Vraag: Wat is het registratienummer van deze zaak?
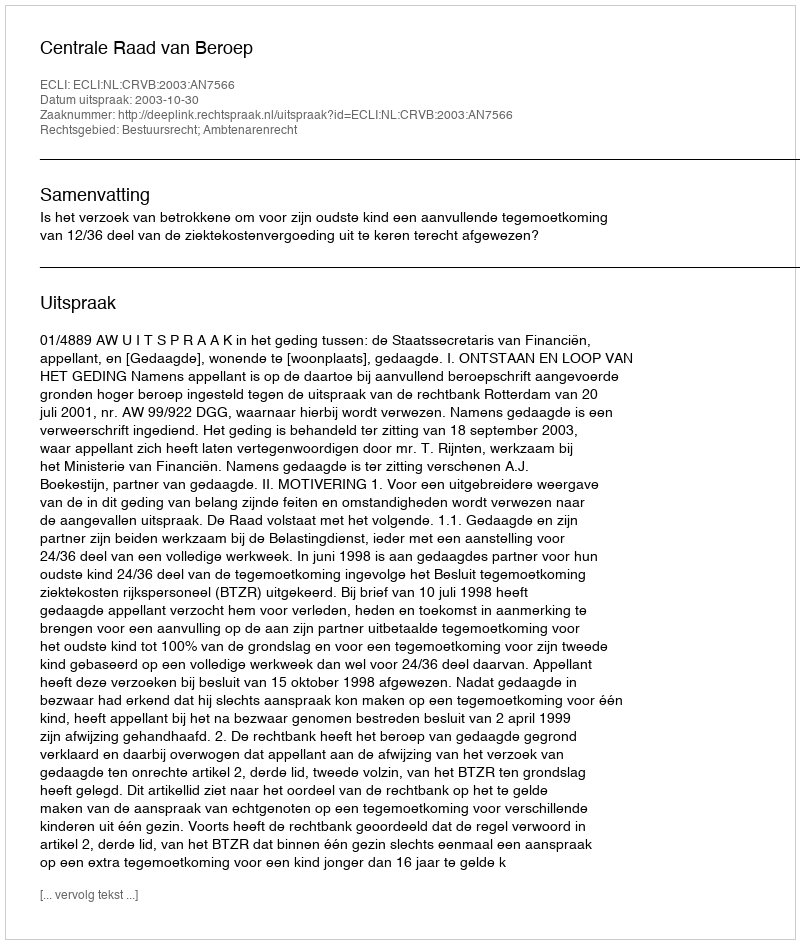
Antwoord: http://deeplink.rechtspraak.nl/uitspraak?id=ECLI:NL:CRVB:2003:AN7566